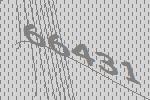
66431